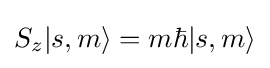
S_{z}|s,m\rangle =m\hbar |s,m\rangle